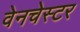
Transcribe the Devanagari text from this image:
वेनचेस्टर